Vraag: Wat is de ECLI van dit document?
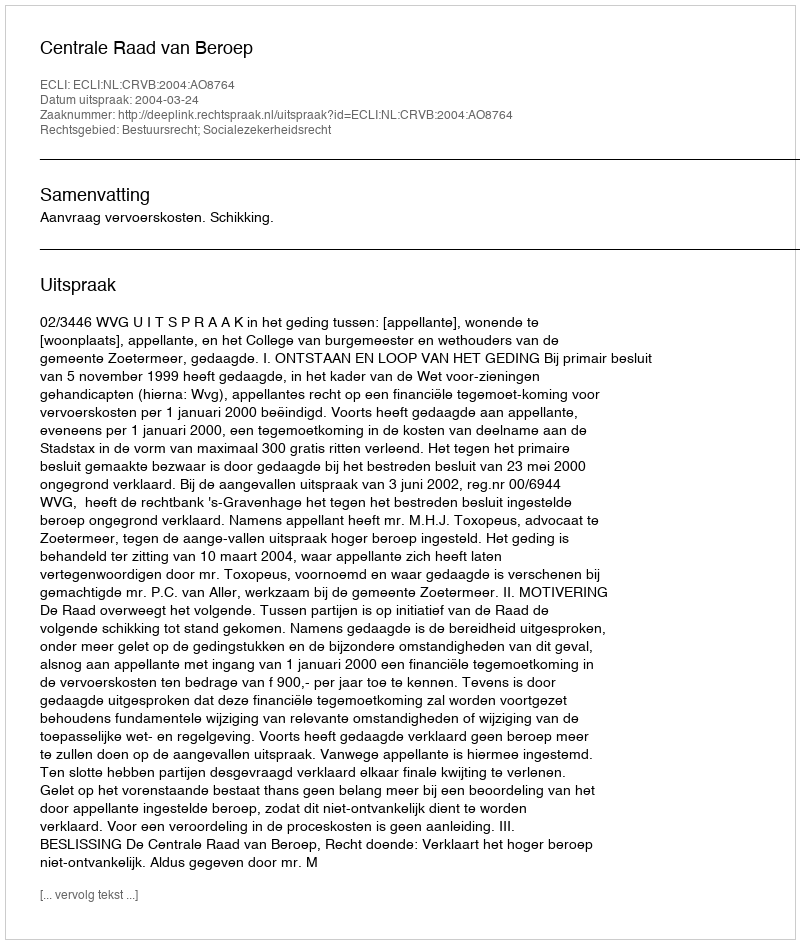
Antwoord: ECLI:NL:CRVB:2004:AO8764